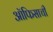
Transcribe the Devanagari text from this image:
ऑफिसाची